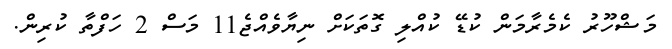
މަޝްހޫރު ކެމެރާމަން ކުޑޭ ކުއްލި ގޮތަކަށް ނިޔާވެއްޖެ11 މަސް 2 ހަފްތާ ކުރިން.